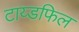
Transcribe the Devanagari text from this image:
टाय्डफिल